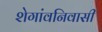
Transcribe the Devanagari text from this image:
शेगांवनिवासी